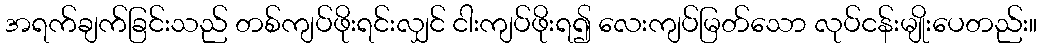
အရက်ချက်ခြင်းသည် တစ်ကျပ်ဖိုးရင်းလျှင် ငါးကျပ်ဖိုးရ၍ လေးကျပ်မြတ်သော လုပ်ငန်းမျိုးပေတည်း။